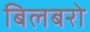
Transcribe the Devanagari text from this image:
बिलबरो